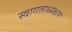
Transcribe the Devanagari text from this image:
स्वागताध्यक्षाने